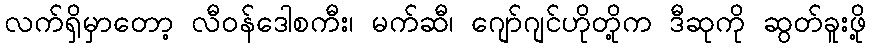
လက်ရှိမှာတော့ လီဝန်ဒေါစကီး၊ မက်ဆီ၊ ဂျော်ဂျင်ဟိုတို့က ဒီဆုကို ဆွတ်ခူးဖို့